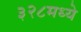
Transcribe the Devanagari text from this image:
३२८मध्ये